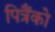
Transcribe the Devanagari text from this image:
पित्रैंको